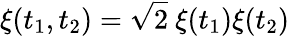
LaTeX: \xi(t_{1},t_{2})=\sqrt{2}~\xi(t_{1})\xi(t_{2})